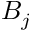
B _ { j }